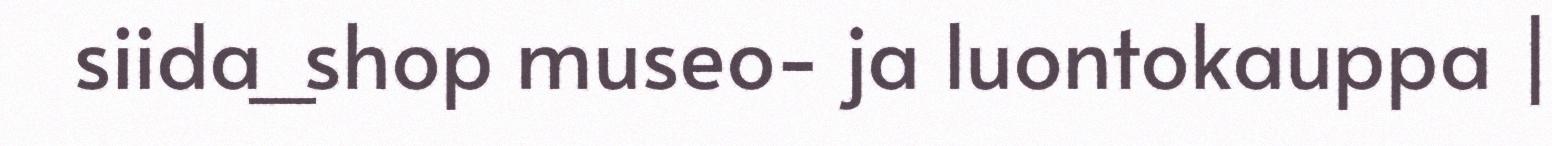
siida_shop museo- ja luontokauppa |